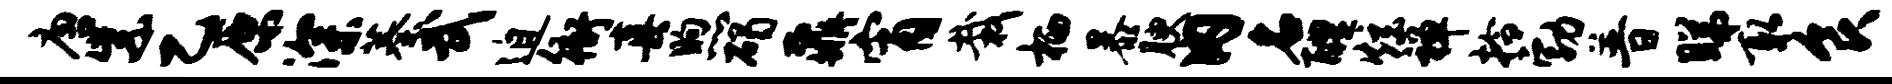
唐紫乙原深蓁武迫衙真煦碣鼐宵栽栖暴腴内名醴炫禅拎勃普睇取食